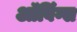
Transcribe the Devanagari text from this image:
ऑविंग्स